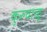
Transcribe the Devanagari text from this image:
कुरुवाळू